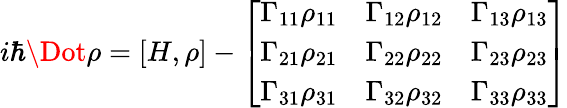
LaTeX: i\hbar\Dot{\rho}=[H,\rho]-\left[\begin{array}{lll}{\Gamma_{11}\rho_{11}}&{\Gamma_{12}\rho_{12}}&{\Gamma_{13}\rho_{13}}\\ {\Gamma_{21}\rho_{21}}&{\Gamma_{22}\rho_{22}}&{\Gamma_{23}\rho_{23}}\\ {\Gamma_{31}\rho_{31}}&{\Gamma_{32}\rho_{32}}&{\Gamma_{33}\rho_{33}}\end{array}\right]